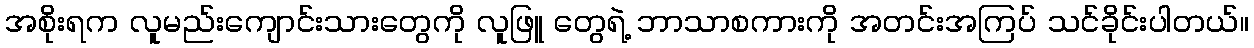
အစိုးရက လူမည်းကျောင်းသားတွေကို လူဖြူ တွေရဲ့ ဘာသာစကားကို အတင်းအကြပ် သင်ခိုင်းပါတယ်။